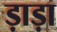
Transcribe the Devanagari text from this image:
ड़ाड़ा